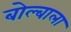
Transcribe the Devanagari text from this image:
बोल्बाला